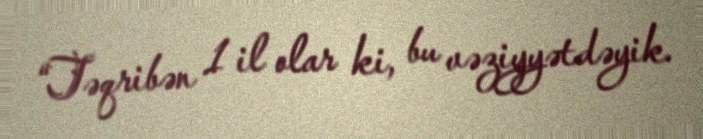
“Təqribən 1 il olar ki, bu vəziyyətdəyik.